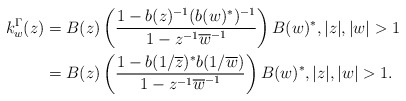
\begin{align*} k_w ^\Gamma (z) & = B(z) \left( \frac{1 - b (z) ^{-1} (b (w) ^* ) ^{-1} }{1 - z^{-1} \overline{w} ^{-1} } \right) B(w) ^*, |z | , |w| > 1 \\& = B(z) \left( \frac{1 - b ( 1 /\overline{z} ) ^* b (1 / \overline{w} ) }{1 - z^{-1} \overline{w} ^{-1} } \right) B(w) ^*, |z | , |w| > 1.\end{align*}